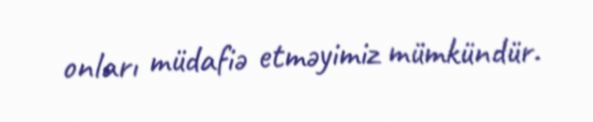
onları müdafiə etməyimiz mümkündür.